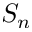
S _ { n }